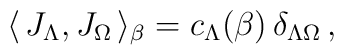
\langle \, {J}_{\Lambda}, {J}_{\Omega} \,\rangle_{\beta} =c_{\Lambda}(\beta) \, \delta_{\Lambda \Omega} \,,